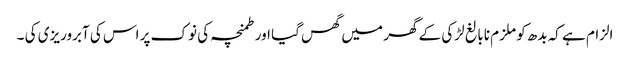
الزام ہے کہ بدھ کو ملزم نابالغ لڑکی کے گھر میں گھس گیا اور طمنچہ کی نوک پر اس کی آبروریزی کی ۔